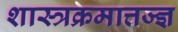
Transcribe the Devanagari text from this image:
शास्त्रक्रमात्तज्ज्ञ